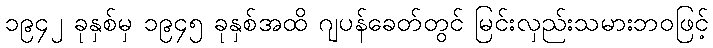
၁၉၄၂ ခုနှစ်မှ ၁၉၄၅ ခုနှစ်အထိ ဂျပန်ခေတ်တွင် မြင်းလှည်းသမားဘဝဖြင့်